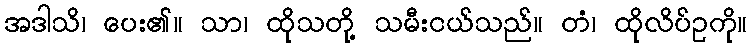
အဒါသိ၊ ပေး၏။ သာ၊ ထိုသတို့ သမီးငယ်သည်။ တံ၊ ထိုလိပ်ဥကို။